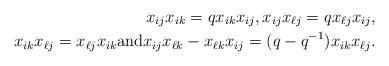
LaTeX: \begin{align*} x_{ij}x_{ik}=qx_{ik}x_{ij},x_{ij}x_{\ell j}=qx_{\ell j}x_{ij}, \\ x_{ik}x_{\ell j}=x_{ \ell j}x_{ik}\mbox{and} x_{ij}x_{\ell k}-x_{\ell k}x_{ij}=(q-q^{-1})x_{ik}x_{\ell j}. \end{align*}